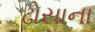
ઢોસાના